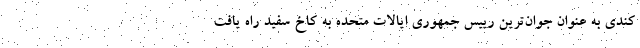
کندی به عنوان جوان‌ترین رییس جمهوری ایالات متحده به کاخ سفید راه یافت